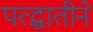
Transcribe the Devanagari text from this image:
पत्द्धातीने